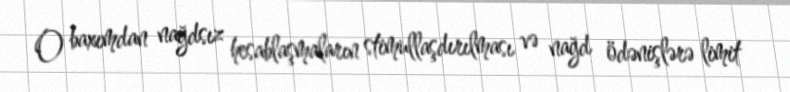
O baxımdan nağdsız hesablaşmaların stimullaşdırılması və nağd ödənişlərə limit